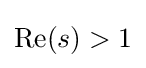
{\textstyle \mathrm {Re} (s)>1}